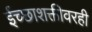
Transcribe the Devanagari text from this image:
ईच्छाशक्तीवरही